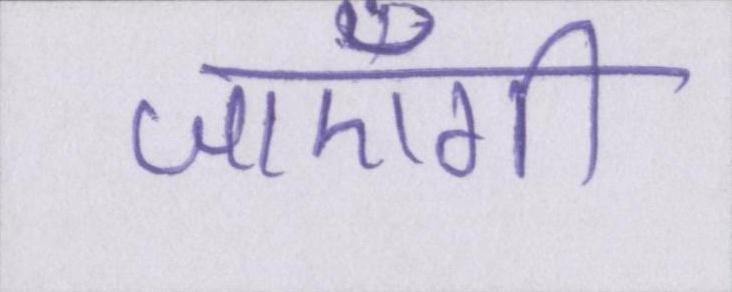
जाएँगी